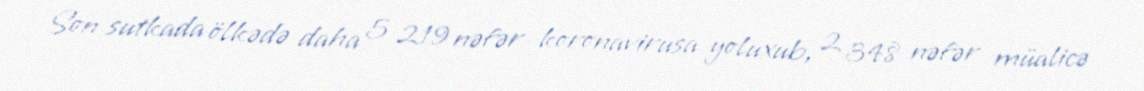
Son sutkada ölkədə daha 5 219 nəfər koronavirusa yoluxub, 2 348 nəfər müalicə